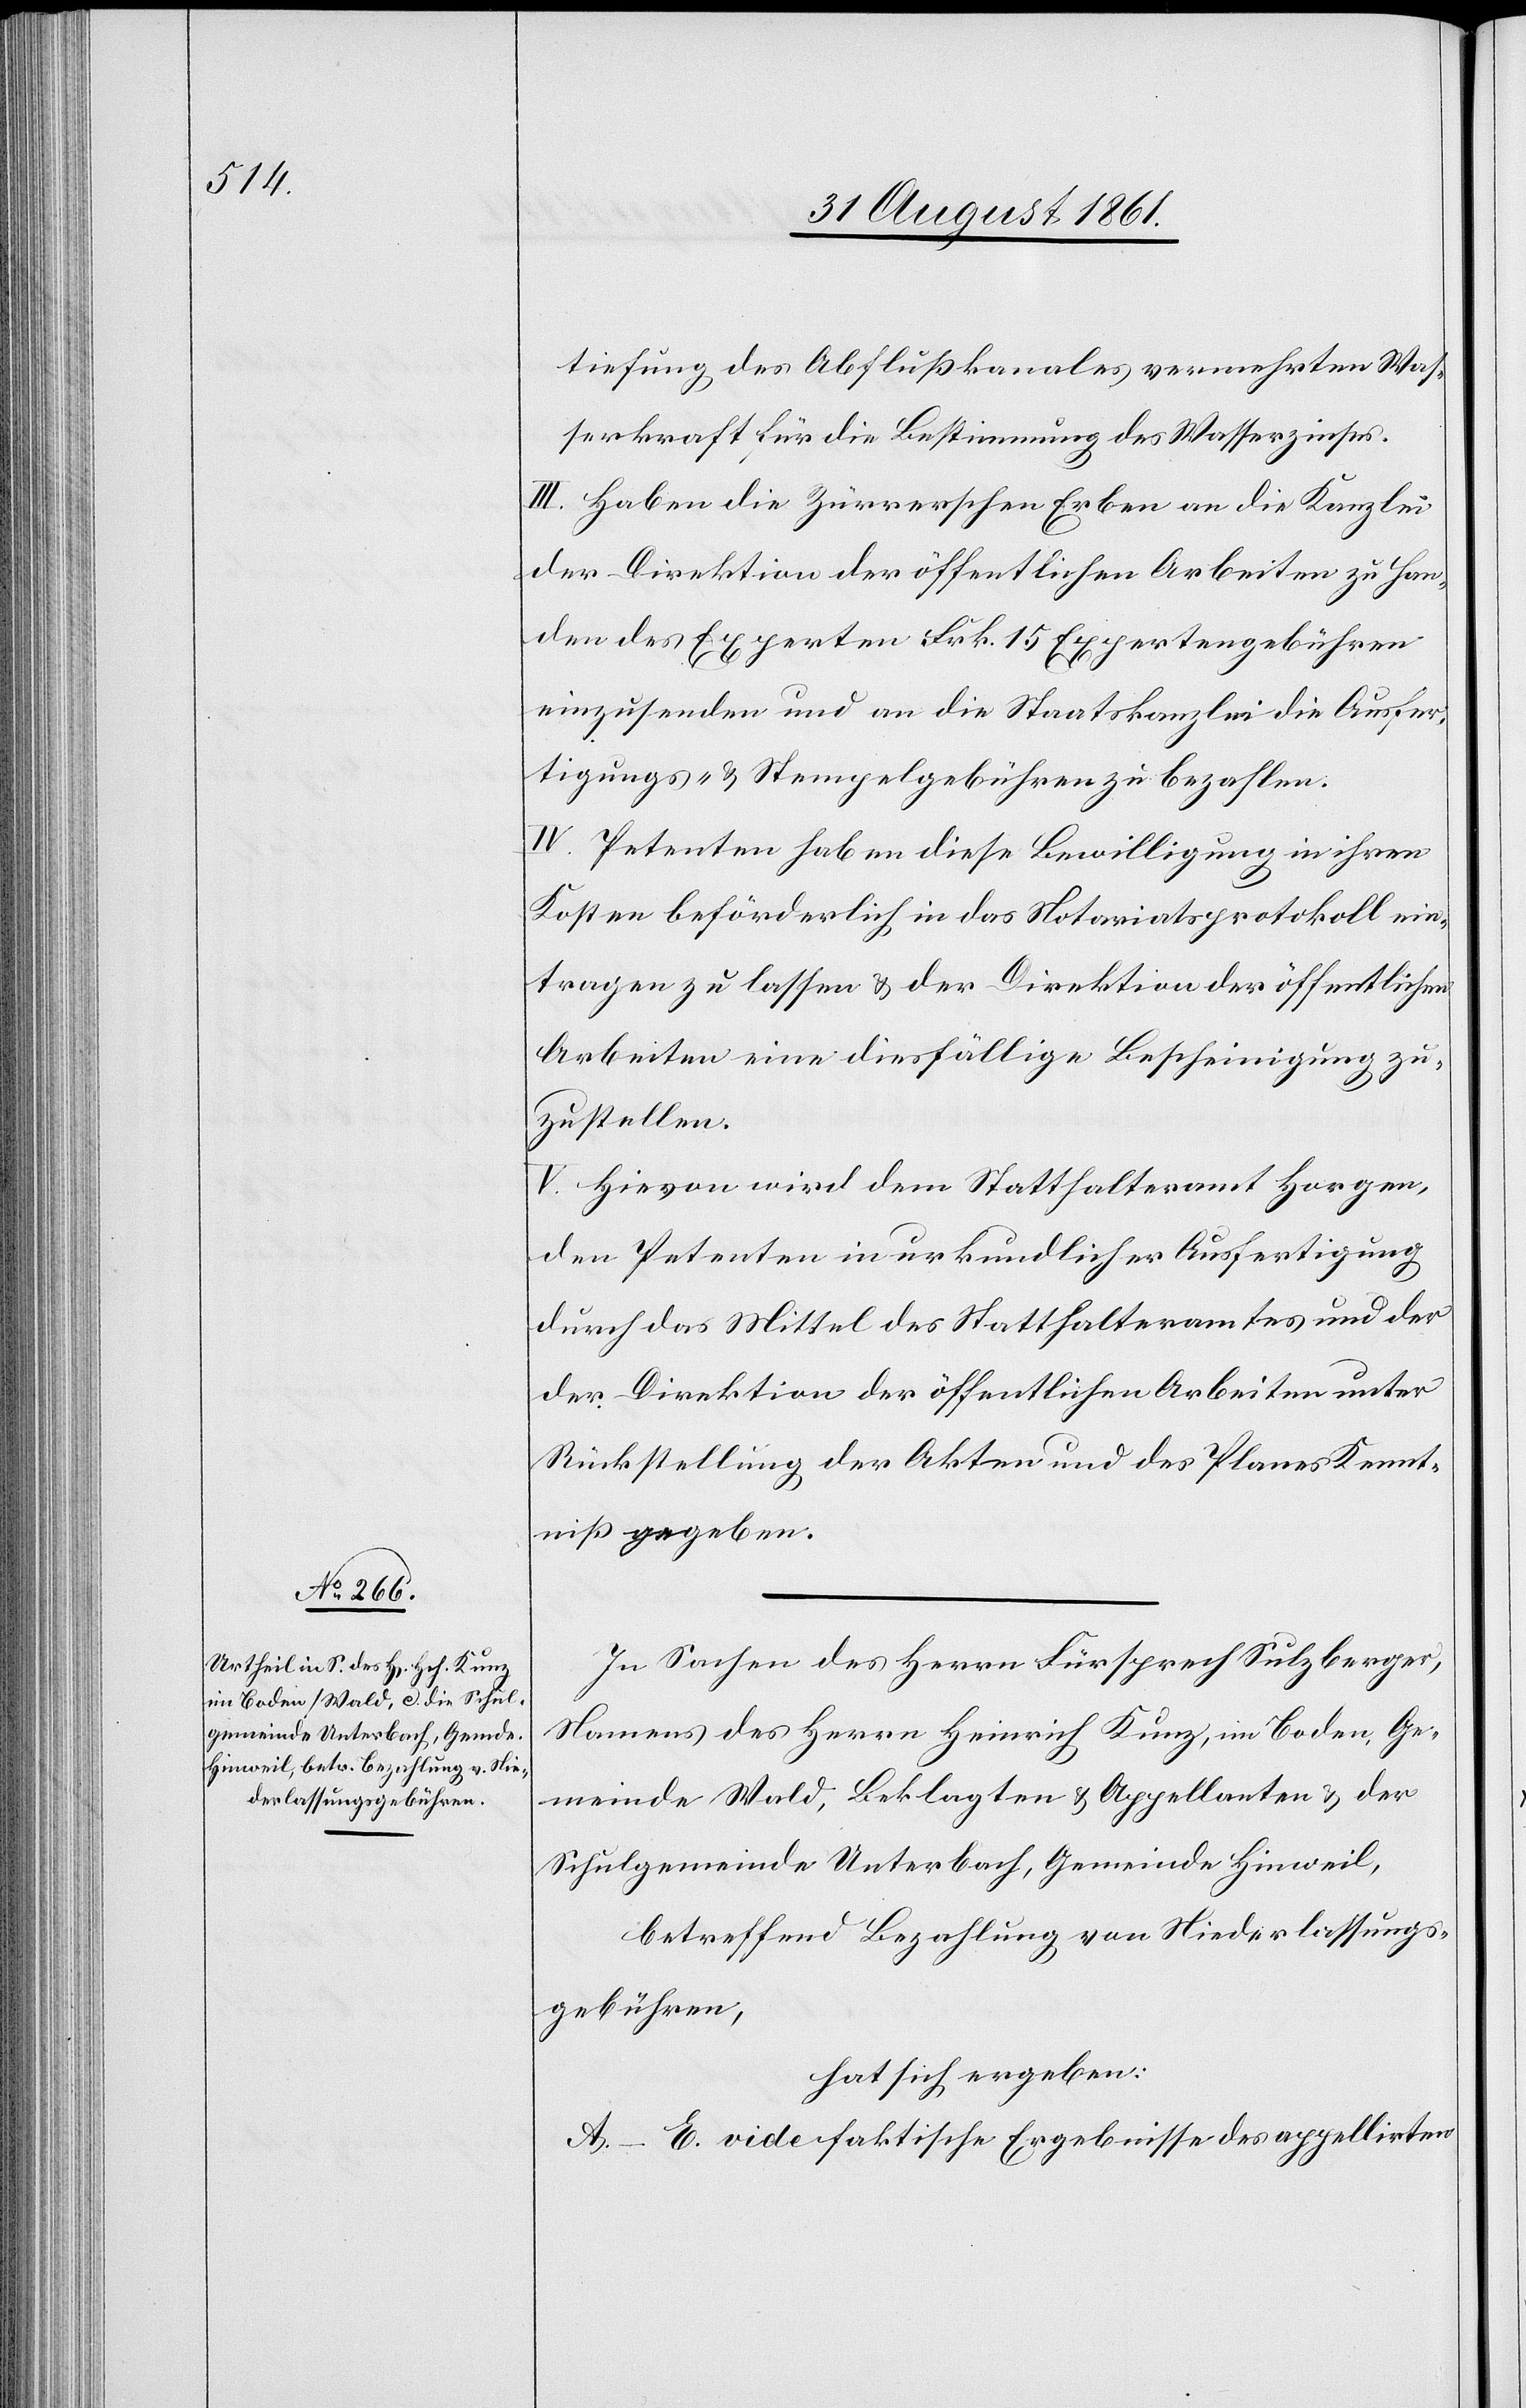
tiefung des Abflußkanales vermehrten Was¬
serkraft für die Bestimmung des Wasserzinses.
III. Haben die Zürrerschen Erben an die Kanzlei
der Direktion der öffentlichen Arbeiten zu Han¬
den des Experten Frk. 15 Expertengebühren
einzusenden und an die Staatskanzlei die Ausfer¬
tigungs- u. Stempelgebühren zu bezahlen.
IV. Petenten haben diese Bewilligung in ihren
Kosten beförderlich in das Notariatsprotokoll ein¬
tragen zu lassen u. der Direktion der öffentlichen
Arbeiten eine diesfällige Bescheinigung zu¬
zustellen.
V. Hievon wird dem Statthalteramt Horgen,
den Petenten in urkundlicher Ausfertigung
durch das Mittel des Statthalteramtes und d¬
er Direktion der öffentlichen Arbeiten unter
Rückstellung der Akten und des Planes Kennt¬
niß gegeben.
In Sachen des Herrn Fürsprech Sulzberger,
Namens des Herrn Heinrich Kunz, im Boden, Ge¬
meinde Wald, Beklagten u. Appellanten u. der
Schulgemeinde Unterbach, Gemeinde Hinweil,
betreffend Bezahlung von Niederlassungs¬
gebühren,
hat sich ergeben:
A–E. vide faktische Ergebnisse des appellirten